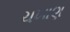
ચખાણ